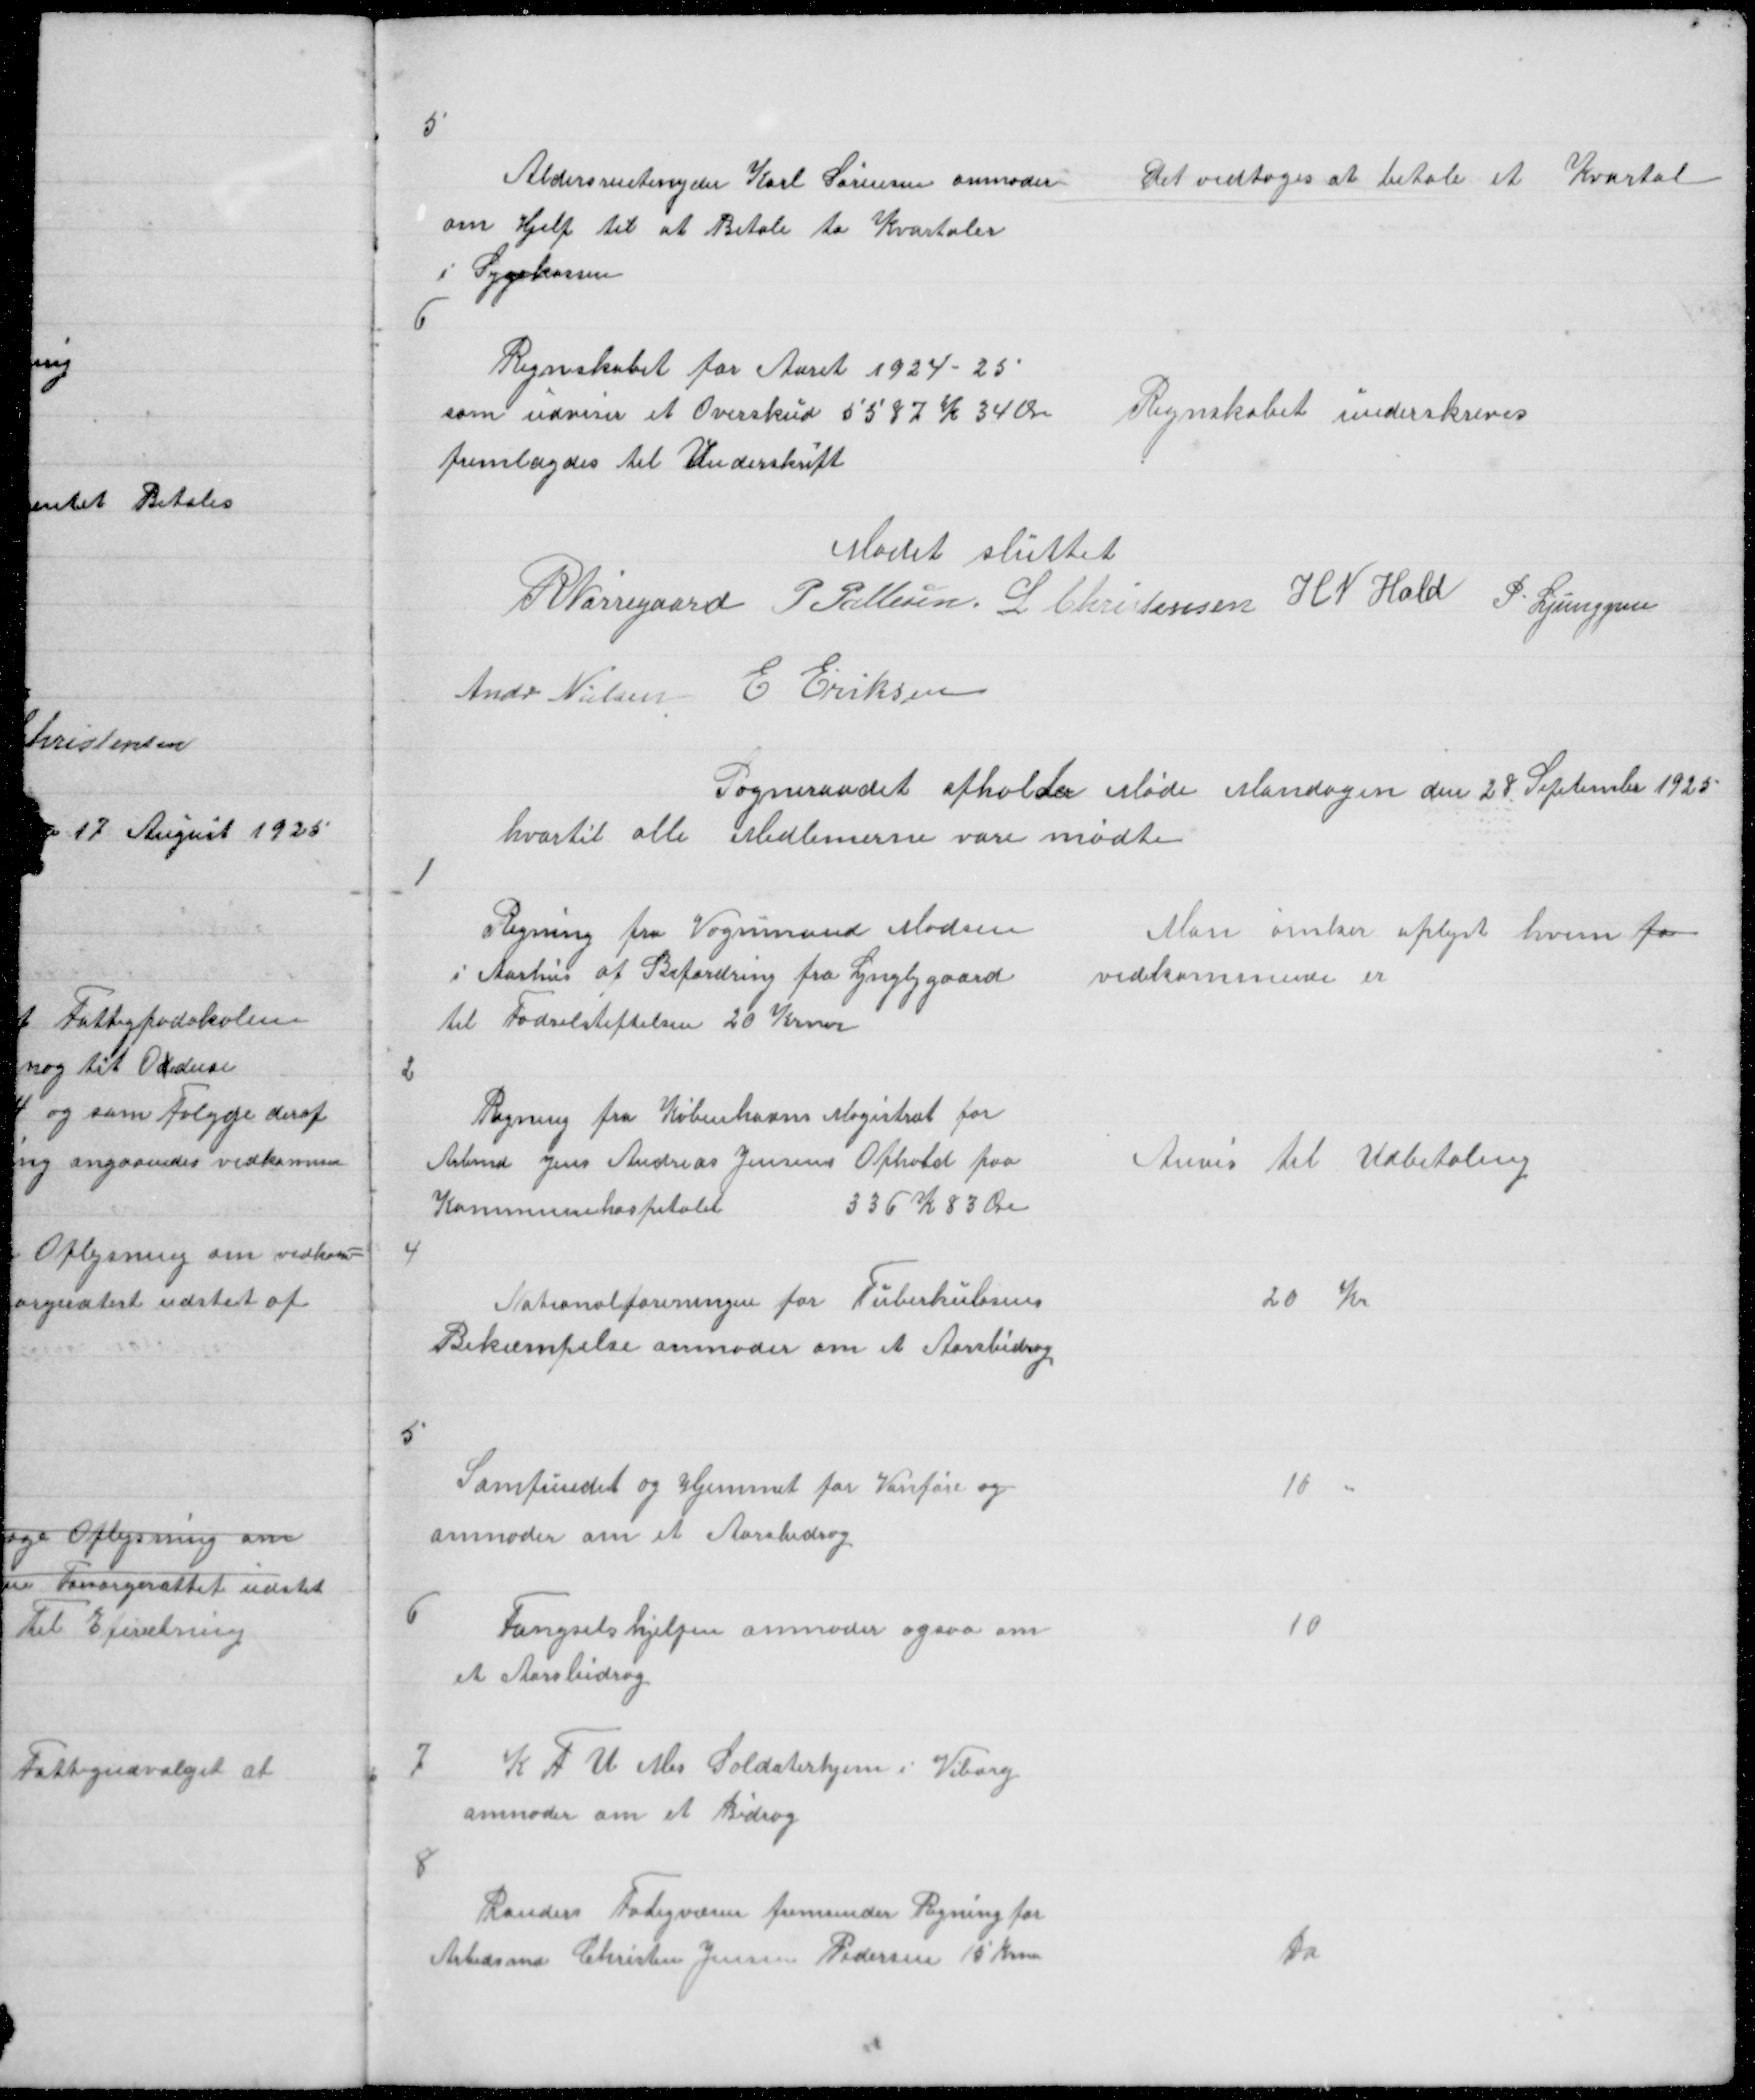
Transskription:
5

Aldersrentenyder Karl Sørensen anmoder
om Hjelp til at Betale to Kvartaler
i Sygekassen
6

Det vedtoges at betale et Kvartal

Regnskabet for Aaret 1924 - 25
som udviser et Overskud paa 5587 K 34 Øre
fremlagdes til Underskrift

Regnskabet underskreves

Mødet sluttet
R Nørregaard P Pallesen L Christensen H N Hald P Ljunggren
Andr Nielsen
E Eriksen

Sogneraadet afholder Møde Mandagen den 28 September 1925
hvortil alle Medlemerne vare mødte

1

Regning fra Vognmand Madsen
i Aarhus af Befordring fra Lyngbygaard
Fødselstiftelsen 20 Krner

Man ønsker oplyst hvem for
vedkommende er

2

Regning fra Københavns Magistrat for
Arbmd Jens Andreas Jensens Ophold paa
Kommunehospitalet
336 K 83 Øre

Anvis til Udbetaling

4

Nationalforeningen for Tuberkulosens
Bekæmpelse anmoder om et Aarsbidrag

20 Kr

5
SAmfundet og Hjemmet for Vanføre og
anmoder om et Aarsbidrag

10 "

6

Fængselshjelpen anmoder ogsaa om
et Aarsbidrag

10

7

K F U M Soldaterhjem i Viborg
anmoder om et Bidrag

8
Randers Fatigvæsen fremsender Regning for
Arbedsmd Christian Jensen Pedersen 15 Krner

Do